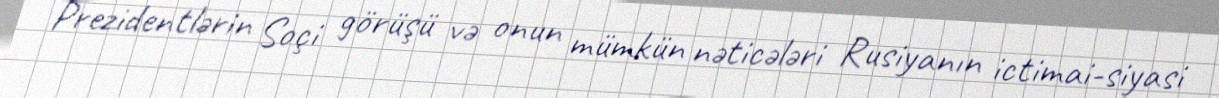
Prezidentlərin Soçi görüşü və onun mümkün nəticələri Rusiyanın ictimai-siyasi